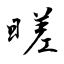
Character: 暛